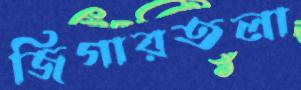
জিগারতলা